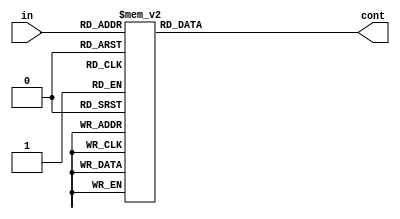
module Saidas(in,cont);
	input [6:0] in;
	output [7:0] cont;

	always @(*)
	casex (in)
		//RDY1
		//00
		7'b 1001110: cont = 8'b 00001000; //# getM
		
		7'b 1000000: cont = 8'b 01001000; // 0..9
		7'b 1000001: cont = 8'b 01001000;
		7'b 1000010: cont = 8'b 01001000;
		7'b 1000011: cont = 8'b 01001000;
		7'b 1000100: cont = 8'b 01001000;
		7'b 1000101: cont = 8'b 01001000;
		7'b 1000110: cont = 8'b 01001000;
		7'b 1000111: cont = 8'b 01001000;
		7'b 1001000: cont = 8'b 01001000;
		7'b 1001001: cont = 8'b 01001000;
		
		7'b 1001010: cont = 8'b 00000000; // A
		7'b 1001011: cont = 8'b 00000000; // B -
		7'b 1001100: cont = 8'b 00000000; // C + 
		7'b 1001101: cont = 8'b 00000000; // D =
		7'b 1001111: cont = 8'b 00000010; // * setM
		
		//01
		7'b 1011110: cont = 8'b 00001000; //# getM
	
		7'b 1010000: cont = 8'b 00000000; // 0..9
		7'b 1010001: cont = 8'b 00000000;
		7'b 1010010: cont = 8'b 00000000;
		7'b 1010011: cont = 8'b 00000000;
		7'b 1010100: cont = 8'b 00000000;
		7'b 1010101: cont = 8'b 00000000;
		7'b 1010110: cont = 8'b 00000000;
		7'b 1010111: cont = 8'b 00000000;
		7'b 1011000: cont = 8'b 00000000;
		7'b 1011001: cont = 8'b 00000000;
		
		7'b 1011010: cont = 8'b 00000000; // A
		7'b 1011011: cont = 8'b 10010000; // B -
		7'b 1011100: cont = 8'b 00010000; // C + 
		7'b 1011101: cont = 8'b 00000000; // D =
		7'b 1011111: cont = 8'b 00000010; // * setM
		
		//11
		7'b 1111110: cont = 8'b 00000100; //# getM
		
		7'b 1110000: cont = 8'b 00100100; // 0..9
		7'b 1110001: cont = 8'b 00100100;
		7'b 1110010: cont = 8'b 00100100;
		7'b 1110011: cont = 8'b 00100100;
		7'b 1110100: cont = 8'b 00100100;
		7'b 1110101: cont = 8'b 00100100;
		7'b 1110110: cont = 8'b 00100100;
		7'b 1110111: cont = 8'b 00100100;
		7'b 1111000: cont = 8'b 00100100;
		7'b 1111001: cont = 8'b 00100100;
		
		7'b 1111010: cont = 8'b 00000000; // A
		7'b 1111011: cont = 8'b 10010000; // B -
		7'b 1111100: cont = 8'b 00010000; // C - 
		7'b 1111101: cont = 8'b 00000000; // D =
		7'b 1111111: cont = 8'b 00000000; // * setM
		
		//10
		7'b 1101110: cont = 8'b 00000000; //# getM
		
		7'b 1100000: cont = 8'b 00100100; // 0..9
		7'b 1100001: cont = 8'b 00100100;
		7'b 1100010: cont = 8'b 00100100;
		7'b 1100011: cont = 8'b 00100100;
		7'b 1100100: cont = 8'b 00100100;
		7'b 1100101: cont = 8'b 00100100;
		7'b 1100110: cont = 8'b 00100100;
		7'b 1100111: cont = 8'b 00100100;
		7'b 1101000: cont = 8'b 00100100;
		7'b 1101001: cont = 8'b 00100100;
		
		7'b 1101010: cont = 8'b 00000000; // A
		7'b 1101011: cont = 8'b 00000000; // B +
		7'b 1101100: cont = 8'b 00000000; // C - 
		7'b 1101101: cont = 8'b 00000001; // D =
		7'b 1101111: cont = 8'b 00000010; // * setM
		default: cont = 8'b 00000000;
	endcase
endmodule